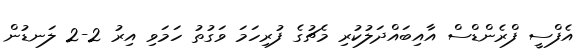
އެފްސީ ފްރެންޑްސް އާއިބައްދަލުކުރި މެޗުގެ ފުރިހަމަ ވަގުތު ހަމަވި އިރު 2-2 ލަނޑުން